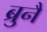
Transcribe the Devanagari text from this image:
ब्रुनै